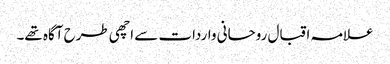
علامہ اقبال روحانی واردات سے اچھی طرح آگاہ تھے۔